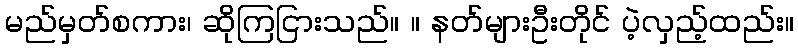
မည်မှတ်စကား၊ ဆိုကြငြားသည်။ ။ နတ်များဦးတိုင် ပဲ့လှည့်ထည်း။